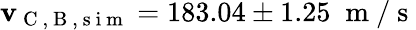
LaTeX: \mathbf{v}_{\mathrm{{~C~}},\mathrm{{~B~}},\mathrm{{~s~i~m~}}}=183.04\pm1.25\; \mathrm{{~m~}}/\mathrm{{~s~}}